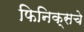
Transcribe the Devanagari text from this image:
फिनिक्सचे